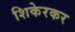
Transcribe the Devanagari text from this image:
शिकेरकर